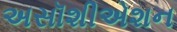
અસૉશીએશન